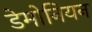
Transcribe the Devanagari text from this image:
डेमोनियन